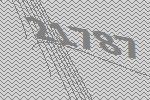
21787